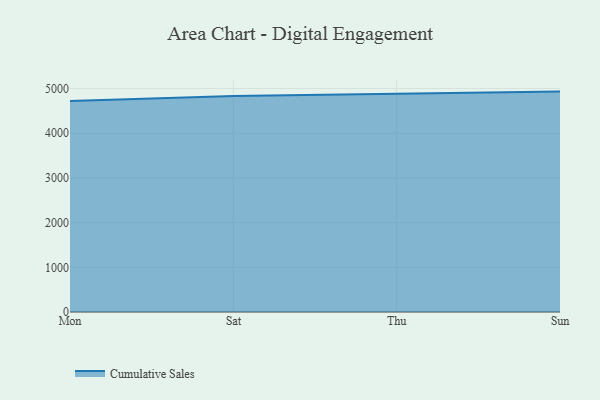
{"axis": {"x": "Day", "y": "Waste Production (Tons)"}, "legend": ["Cumulative Sales"], "data": [{"x": "Mon", "y": 4720.7, "type": "Cumulative Sales"}, {"x": "Sat", "y": 4830.8, "type": "Cumulative Sales"}, {"x": "Thu", "y": 4881.5, "type": "Cumulative Sales"}, {"x": "Sun", "y": 4930.4, "type": "Cumulative Sales"}]}